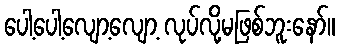
ပေါ့ပေါ့လျော့လျော့ လုပ်လို့မဖြစ်ဘူးနော်။